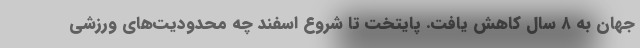
جهان به ۸ سال کاهش یافت. پایتخت تا شروع اسفند چه محدودیت‌های ورزشی